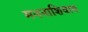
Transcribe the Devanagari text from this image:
मननाशिवाय